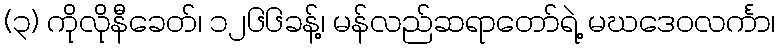
(၃) ကိုလိုနီခေတ်၊ ၁၂၆၆ခန့်၊ မန်လည်ဆရာတော်ရဲ့ မဃဒေဝလင်္ကာ၊